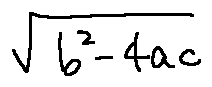
\sqrt { b ^ { 2 } - 4 a c }